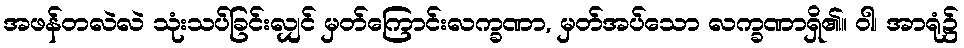
အဖန်တလဲလဲ သုံးသပ်ခြင်းလျှင် မှတ်ကြောင်းလက္ခဏာ, မှတ်အပ်သော လက္ခဏာရှိ၏။ ဝါ၊ အာရုံ၌